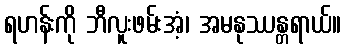
ရဟန်းကို ဘီလူးဖမ်းအံ့၊ အမနုဿန္တရာယ်။